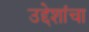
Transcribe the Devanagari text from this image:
उद्देशांचा